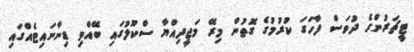
ޓީޗަރުންގެ ދުވަސް ފާހަގަ ކުރުމުގެ ގޮތުން މިރޭ މަޖީދިއްޔާ ސްކޫލުގައި ބޭއްވި ޑިނާނައިޓެއްގައި